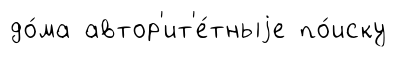
до́ма автор'ит'е́тныjе по́иску